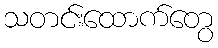
သတင်းထောက်တွေ